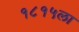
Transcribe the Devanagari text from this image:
१८१५ला